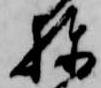
棟